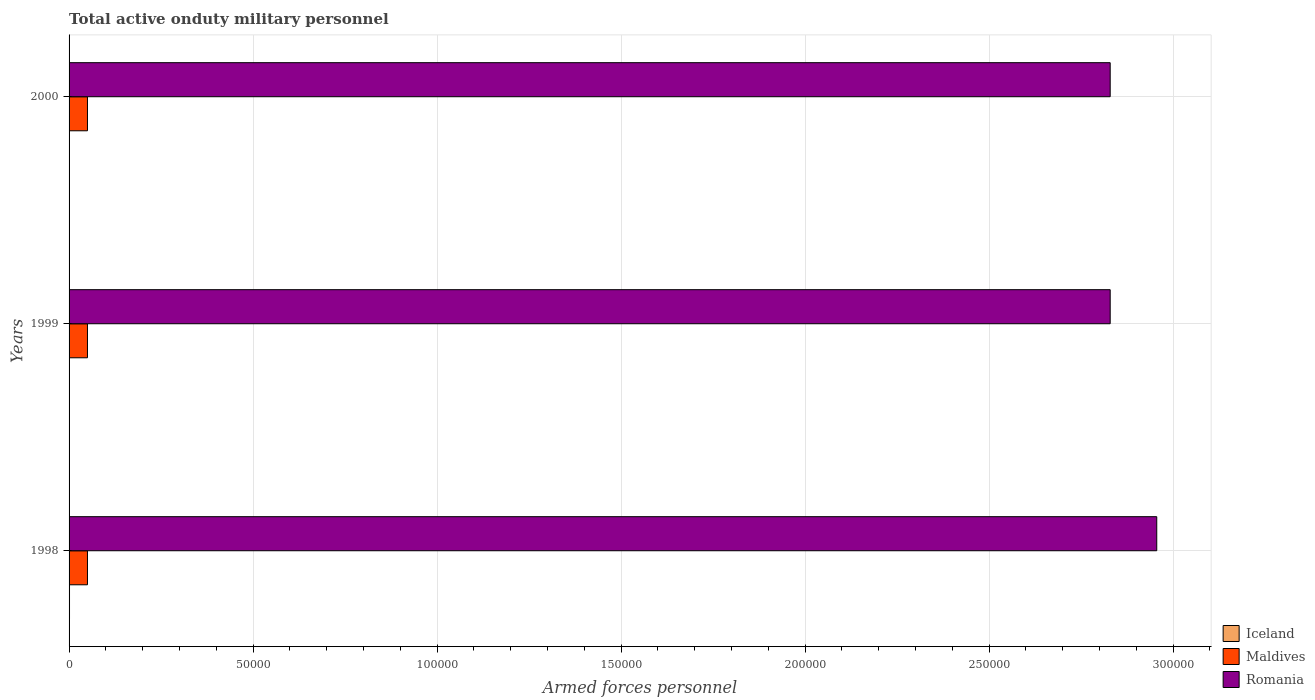
| Years | Iceland | Maldives | Romania |
 | --- | --- | --- | --- |
 | 1998 | 120 | 5e+03 | 2.96e+05 |
 | 1999 | 100 | 5e+03 | 2.83e+05 |
 | 2000 | 100 | 5e+03 | 2.83e+05 |